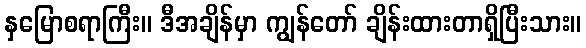
နှမြောစရာကြီး။ ဒီအချိန်မှာ ကျွန်တော် ချိန်းထားတာရှိပြီးသား။